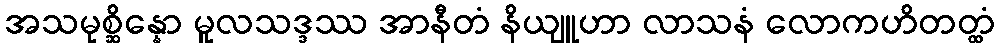
အသမုစ္ဆိန္နော မူလသဒ္ဒဿ အာနီတံ နိယျူဟာ လာသနံ လောကဟိတတ္ထံ